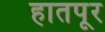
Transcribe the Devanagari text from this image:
हातपूर